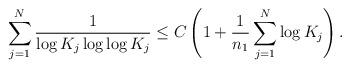
LaTeX: \begin{align*}\sum_{j=1}^{N}\frac{1}{\log K_{j}\log\log K_{j}}\le C\left(1+\frac{1}{n_{1}}\sum_{j=1}^{N}\log K_{j}\right).\end{align*}